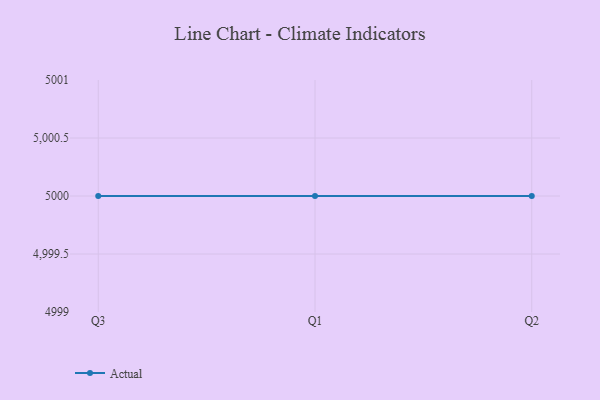
{"axis": {"x": "Quarter", "y": "Temperature (°C)"}, "legend": ["Actual"], "data": [{"x": "Q3", "y": 5000, "type": "Actual"}, {"x": "Q1", "y": 5000, "type": "Actual"}, {"x": "Q2", "y": 5000, "type": "Actual"}]}